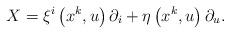
LaTeX: \begin{align*}X=\xi ^{i}\left( x^{k},u\right) \partial _{i}+\eta \left( x^{k},u\right)\partial _{u}. \end{align*}